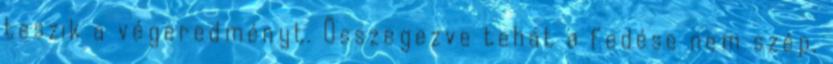
teszik a végeredményt. Összegezve tehát a fedése nem szép,